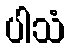
ပါသံ